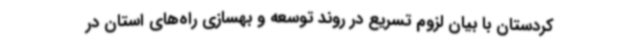
کردستان با بیان لزوم تسریع در روند توسعه و بهسازی راه‌های استان در